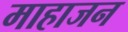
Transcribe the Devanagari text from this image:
माहाजन